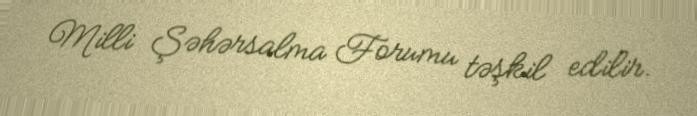
Milli Şəhərsalma Forumu təşkil edilir.